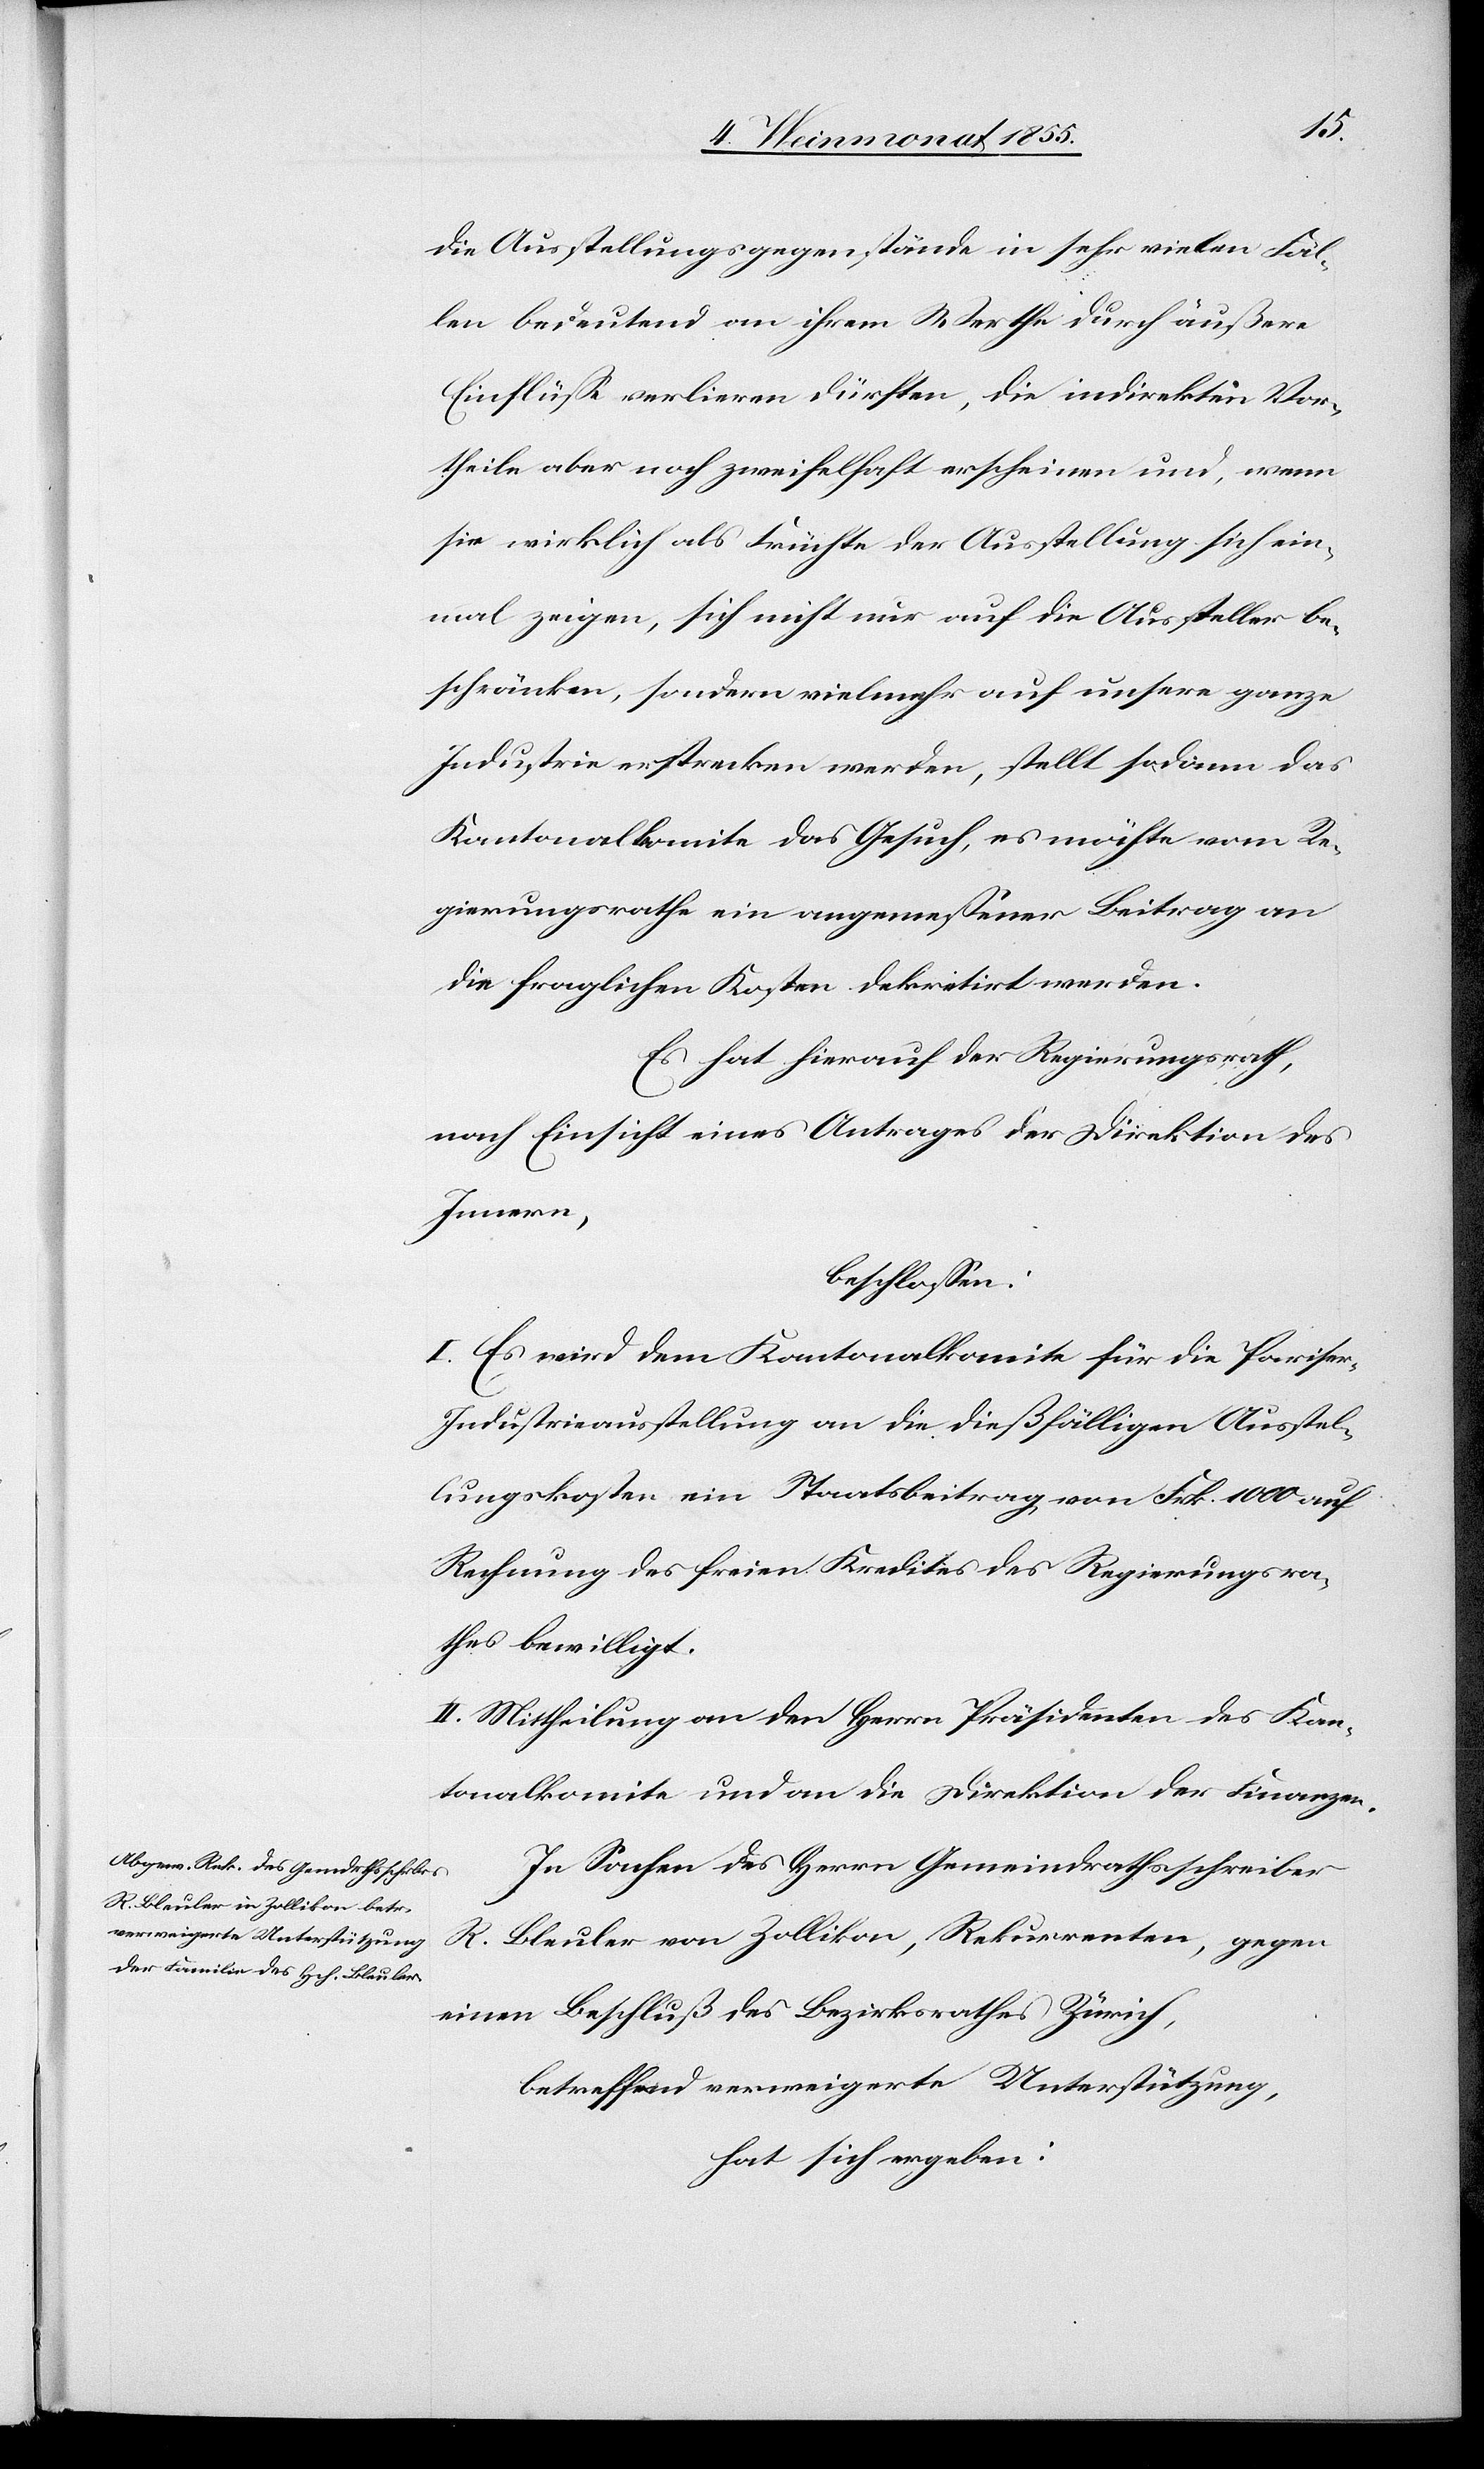
die Ausstellungsgegenstände in sehr vielen Fäl¬
len bedeutend an ihrem Werthe durch äußere
Einflüsse verlieren dürften, die indirekten Vor¬
theile aber noch zweifelhaft erscheinen und, wenn
sie wirklich als Früchte der Ausstellung sich ein¬
mal zeigen, sich nicht nur auf die Aussteller be¬
schränken, sondern vielmehr auf unsere ganze
Industrie erstrecken werden, stellt sodann das
Kantonalkomite das Gesuch, es möchte vom Re¬
gierungsrathe ein angemessener Beitrag an
die fraglichen Kosten dekretirt werden.
Es hat hierauf der Regierungsrath,
nach Einsicht eines Antrages der Direktion des
Innern,
beschlossen:
I. Es wird dem Kantonalkomite für die Pariser-I¬
ndustrieausstellung an die dießfälligen Ausstel¬
lungskosten ein Staatsbeitrag von Frk. 1000 auf
Rechnung des freien Kredites des Regierungsra¬
thes bewilligt.
II. Mittheilung an den Herrn Präsidenten des Kan¬
tonalkomite und an die Direktion der Finanzen.
In Sachen des Herrn Gemeindrathsschreiber
R. Bleuler von Zollikon, Rekurrenten, gegen
einen Beschluß des Bezirksrathes Zürich,
betreffend verweigerte Unterstützung,
hat sich ergeben: